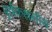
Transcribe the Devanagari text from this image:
पूर्वकथनीय